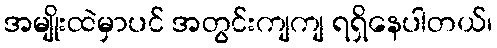
အမျိုးထဲမှာပင် အတွင်းကျကျ ရရှိနေပါတယ်၊